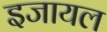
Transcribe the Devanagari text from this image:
इजायल